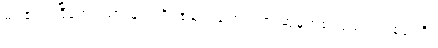
မိမိ၏အငြိမ့်အဖွဲ့သားများကို ထမင်းချက်၊ ကားဆွဲမှအစ ပြည့်ပြည့်စုံစုံကြီး